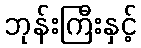
ဘုန်းကြီးနှင့်